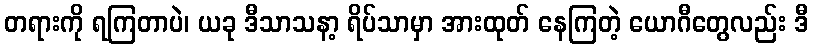
တရားကို ရကြတာပဲ၊ ယခု ဒီသာသနာ့ ရိပ်သာမှာ အားထုတ် နေကြတဲ့ ယောဂီတွေလည်း ဒီ